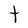
Character: t